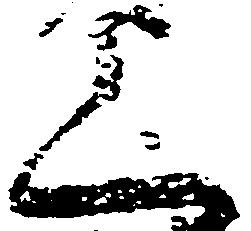
上